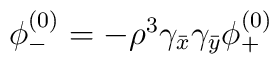
\begin{array}{c}\phi_-^{(0)}=-\rho^3\gamma_{\bar{x}}\gamma_{\bar{y}}\phi_+^{(0)}\end{array}